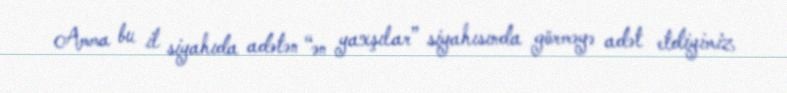
Amma bu il siyahıda adətən “ən yaxşılar” siyahısında görməyə adət etdiyimiz